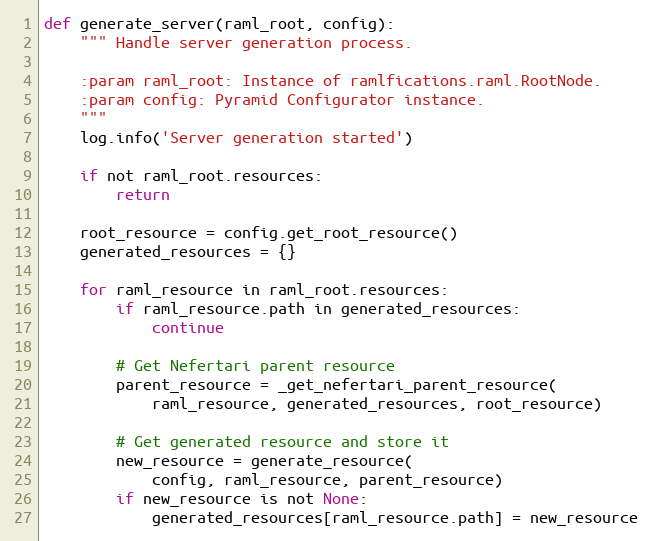
Language: Python
def generate_server(raml_root, config):
    """ Handle server generation process.

    :param raml_root: Instance of ramlfications.raml.RootNode.
    :param config: Pyramid Configurator instance.
    """
    log.info('Server generation started')

    if not raml_root.resources:
        return

    root_resource = config.get_root_resource()
    generated_resources = {}

    for raml_resource in raml_root.resources:
        if raml_resource.path in generated_resources:
            continue

        # Get Nefertari parent resource
        parent_resource = _get_nefertari_parent_resource(
            raml_resource, generated_resources, root_resource)

        # Get generated resource and store it
        new_resource = generate_resource(
            config, raml_resource, parent_resource)
        if new_resource is not None:
            generated_resources[raml_resource.path] = new_resource